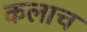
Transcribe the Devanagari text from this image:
कलाच